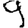
Digit: 9